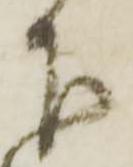
下